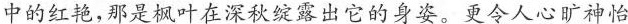
中的红艳，那是枫叶在深秋绽露出它的身姿。更令人心旷神怡